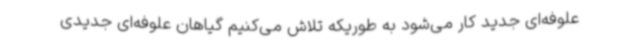
علوفه‌ای جدید کار می‌شود به طوریکه تلاش می‌کنیم گیاهان علوفه‌ای جدیدی